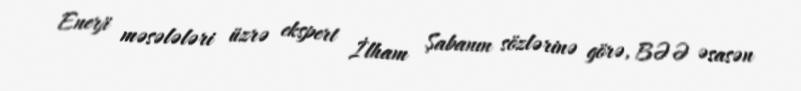
Enerji məsələləri üzrə ekspert İlham Şabanın sözlərinə görə, BƏƏ əsasən